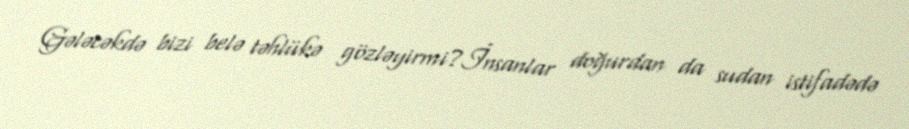
Gələcəkdə bizi belə təhlükə gözləyirmi?İnsanlar doğurdan da sudan istifadədə